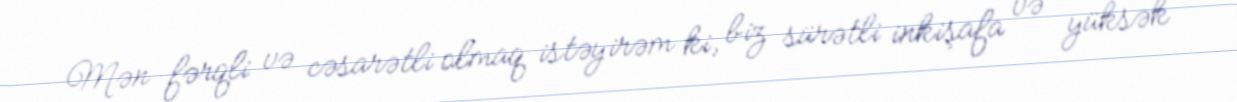
Mən fərqli və cəsarətli olmaq istəyirəm ki, biz sürətli inkişafa və yüksək